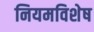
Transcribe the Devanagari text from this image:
नियमविशेष